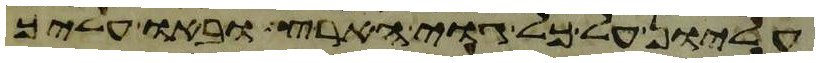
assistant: עליון על כל גוי הארץ ובאו עליך